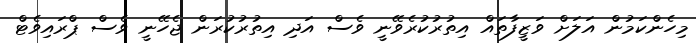
މިހެންކަމުން އަލަށް ވަޒީފާތައް އިތުރުކުރެވޭނީ ވެސް އަދި އިތުރުކުރަން ޖެހޭނީ ވެސް ޕްރައިވެޓް